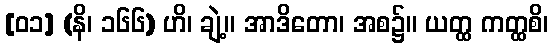
[၀၁] (နိ၊ ၁၆၆) ဟိ၊ ချဲ့။ အာဒိတော၊ အစ၌။ ယတ္ထ ကတ္ထစိ၊